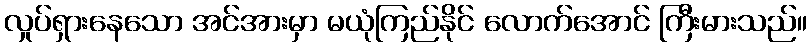
လှုပ်ရှားနေသော အင်အားမှာ မယုံကြည်နိုင် လောက်အောင် ကြီးမားသည်။